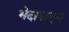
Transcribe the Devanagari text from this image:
भेदापासून